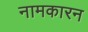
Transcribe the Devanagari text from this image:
नामकारन